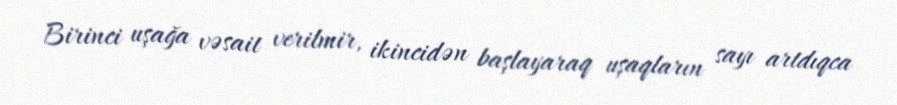
Birinci uşağa vəsait verilmir, ikincidən başlayaraq uşaqların sayı artdıqca